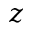
\boldsymbol { z }